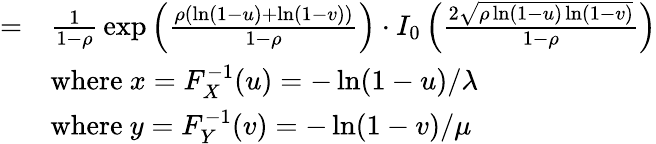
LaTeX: {\begin{array}{rl}{=}&{{\frac{1}{1-\rho}}\exp\left({\frac{\rho(\ln(1-u)+\ln(1-v))}{1-\rho}}\right)\cdot I_{0}\left({\frac{2{\sqrt{\rho\ln(1-u)\ln(1-v)}}}{1-\rho}}\right)}\\ &{{\mathrm{where~}}x=F_{X}^{-1}(u)=-\ln(1-u)/\lambda}\\ &{{\mathrm{where~}}y=F_{Y}^{-1}(v)=-\ln(1-v)/\mu}\end{array}}